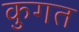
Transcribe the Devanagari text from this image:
कुगत